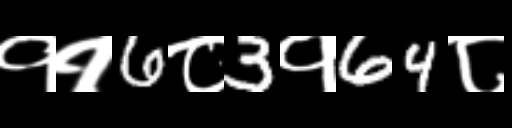
Text: ११6८3१64८